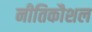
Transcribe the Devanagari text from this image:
नीतिकौशल